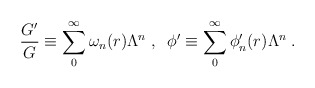
\begin{align*}\frac{G'}{G} \equiv \sum_0^{\infty} \omega_n (r) \Lambda^n \; , \; \;\phi' \equiv \sum_0^{\infty} \phi'_n (r) \Lambda^n \; .\end{align*}